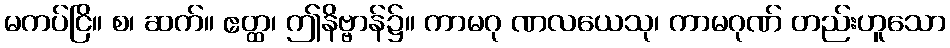
မကပ်ငြိ။ စ၊ ဆက်။ ဧတ္ထ၊ ဤနိဗ္ဗာန်၌။ ကာမဂု ဏလယေသု၊ ကာမဂုဏ် တည်းဟူသော